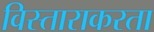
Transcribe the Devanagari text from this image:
विस्ताराकरता